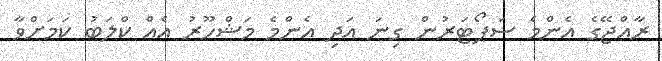
ރާއްޖޭގެ އެންމެ ސަޕޯޓަރުން ގިނަ އަދި އެންމެ މަޝްހޫރު އެއް ކްލަބު ކަމަށްވާ